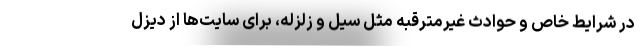
در شرایط خاص و حوادث غیرمترقبه مثل سیل و زلزله، برای سایت‌ها از دیزل